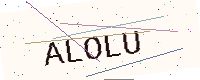
Text: ALOLU